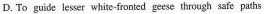
D. To guide lesser white-fronted geese through safe paths